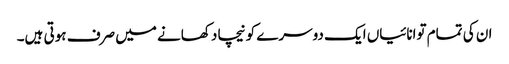
ان کی تمام توانائیاں ایک دوسرے کو نیچا دکھانے میں صرف ہوتی ہیں۔